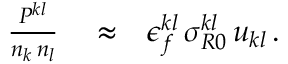
\begin{array} { r l r } { \frac { P ^ { k l } } { n _ { k } \, n _ { l } } } & { { } \approx } & { \epsilon _ { f } ^ { k l } \, \sigma _ { R 0 } ^ { k l } \, u _ { k l } \, . } \end{array}